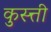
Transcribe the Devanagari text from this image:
कुस्त्ती